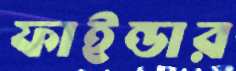
ফাইন্ডার